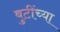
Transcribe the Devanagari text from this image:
बुटींच्या